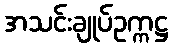
အသင်းချုပ်ဥက္ကဋ္ဌ